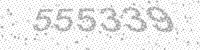
Solution: 555339